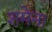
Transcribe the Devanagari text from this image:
शमेना